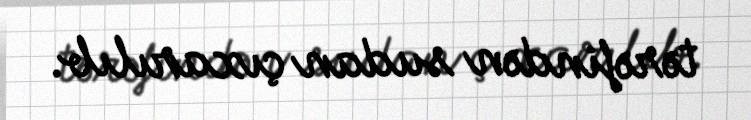
tərəfindən sudan çıxarılıb.